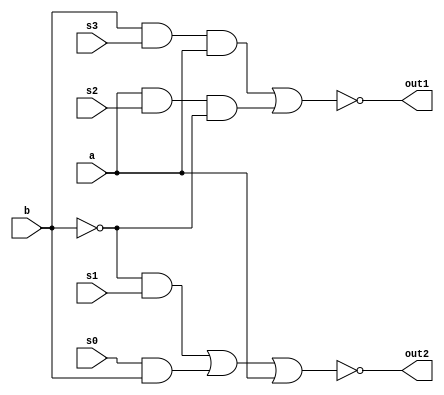
module input_section (
    input   a,
    input   b,
    input   s3,
    input   s2,
    input   s1,
    input   s0,
    output  out1,
    output  out2);

assign out1 = ~((b & s3 & a) | (a & s2 & ~b));
assign out2 = ~((~b & s1) | (s0 & b) | (a));

endmodule